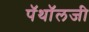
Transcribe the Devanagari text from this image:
पॅथॉलजी